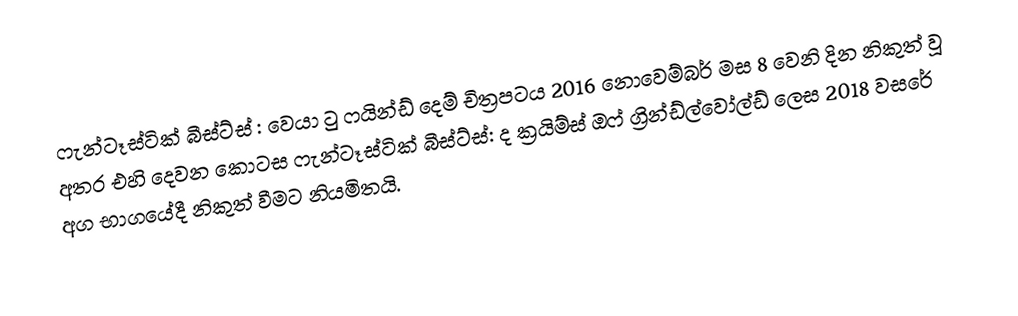
ෆැන්ටෑස්ටික් බීස්ට්ස් : වෙයා ටු ෆයින්ඩ් දෙම් චිත්‍රපටය 2016 නොවෙම්බර් මස 8 වෙනි දින නිකුත් වූ අතර එහි දෙවන කොටස ෆැන්ටෑස්ටික් බීස්ට්ස්: ද ක්‍රයිම්ස් ඔෆ් ග්‍රින්ඩ්ල්වෝල්ඩ් ලෙස 2018 වසරේ අග භාගයේදී නිකුත් වීමට නියමිතයි.